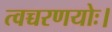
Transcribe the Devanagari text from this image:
त्वच्चरणयोः।